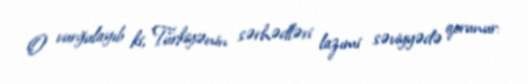
O vurğulayıb ki, Türkiyənin sərhədləri lazımi səviyyədə qorunur: